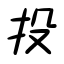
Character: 投